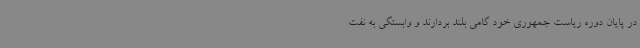
در پایان دوره ریاست جمهوری خود گامی بلند بردارند و وابستگی به نفت